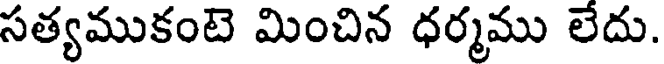
సత్యముకంటె మించిన ధర్మము లేదు.